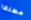
مطلقا